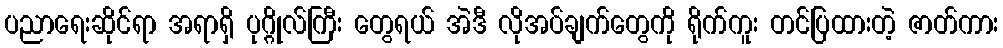
ပညာရေးဆိုင်ရာ အရာရှိ ပုဂ္ဂိုလ်ကြီး တွေရယ် အဲဒီ လိုအပ်ချက်တွေကို ရိုက်ကူး တင်ပြထားတဲ့ ဇာတ်ကား